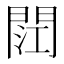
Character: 𮤏